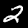
Digit: 2